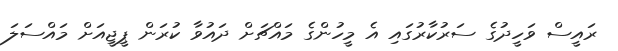
ރައީސް ވަހީދުގެ ސަރުކާރުގައި އެ މީހުންގެ މައްޗަށް ދައުވާ ކުރަން ޕީޖީއަށް މައްސަލަ